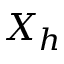
X _ { h }